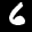
Label: 6